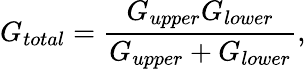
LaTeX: G_{total}=\frac{G_{upper}G_{lower}}{G_{upper}+G_{lower}},